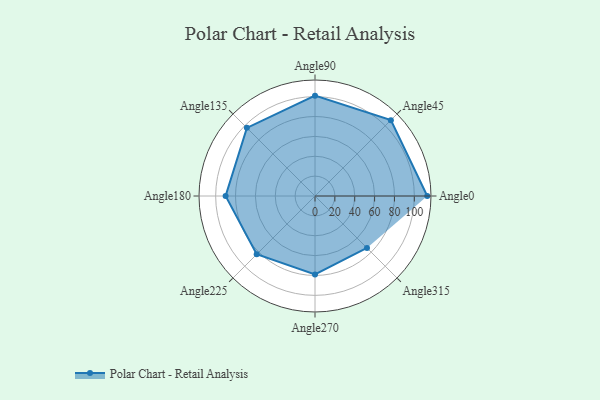
{"axis": {"x": "Angle", "y": "Radius"}, "legend": [""], "data": [{"x": "Angle0", "y": 113.0, "type": ""}, {"x": "Angle45", "y": 108.0, "type": ""}, {"x": "Angle90", "y": 101.0, "type": ""}, {"x": "Angle135", "y": 97.0, "type": ""}, {"x": "Angle180", "y": 90.0, "type": ""}, {"x": "Angle225", "y": 83.0, "type": ""}, {"x": "Angle270", "y": 79.0, "type": ""}, {"x": "Angle315", "y": 74.0, "type": ""}]}